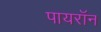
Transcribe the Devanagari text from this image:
पायराॅन